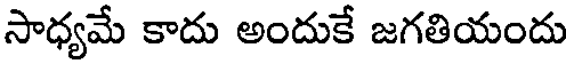
సాధ్యమే కాదు అందుకే జగతియందు